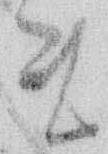
ま